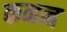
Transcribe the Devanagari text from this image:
कनन